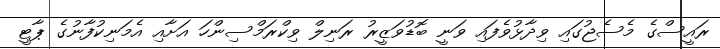
ރައީސްގެ މެސެޖުގައި ވިދާޅުވެފައި ވަނީ ބޮޑުވަޒީރު ރަނިލް ވިކްރަމްސިންހަ އަށާއި އެމަނިކުފާނުގެ ޕާޓީ